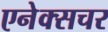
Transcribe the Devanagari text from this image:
एनेक्सचर